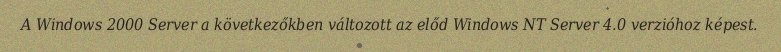
A Windows 2000 Server a következőkben változott az előd Windows NT Server 4.0 verzióhoz képest.